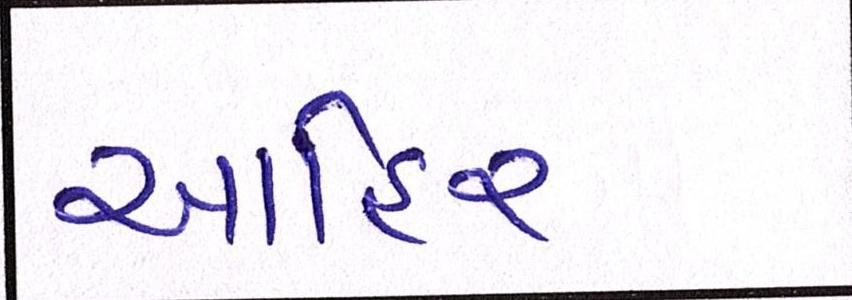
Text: આહિર